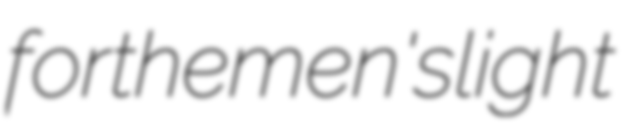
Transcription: for the men's light